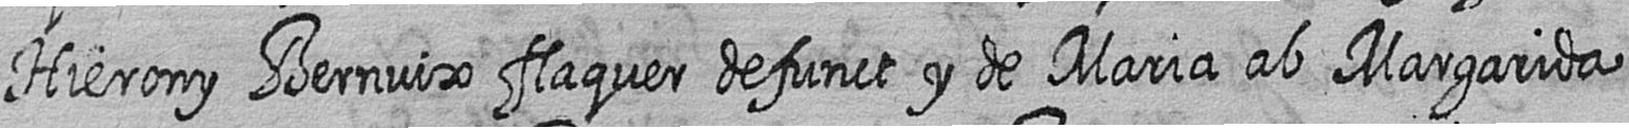
Hierony Bernuix flaquer defunct y de Maria ab Margarida